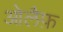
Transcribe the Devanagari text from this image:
ओलैफ़